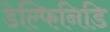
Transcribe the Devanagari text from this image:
डेल्फिनिडि